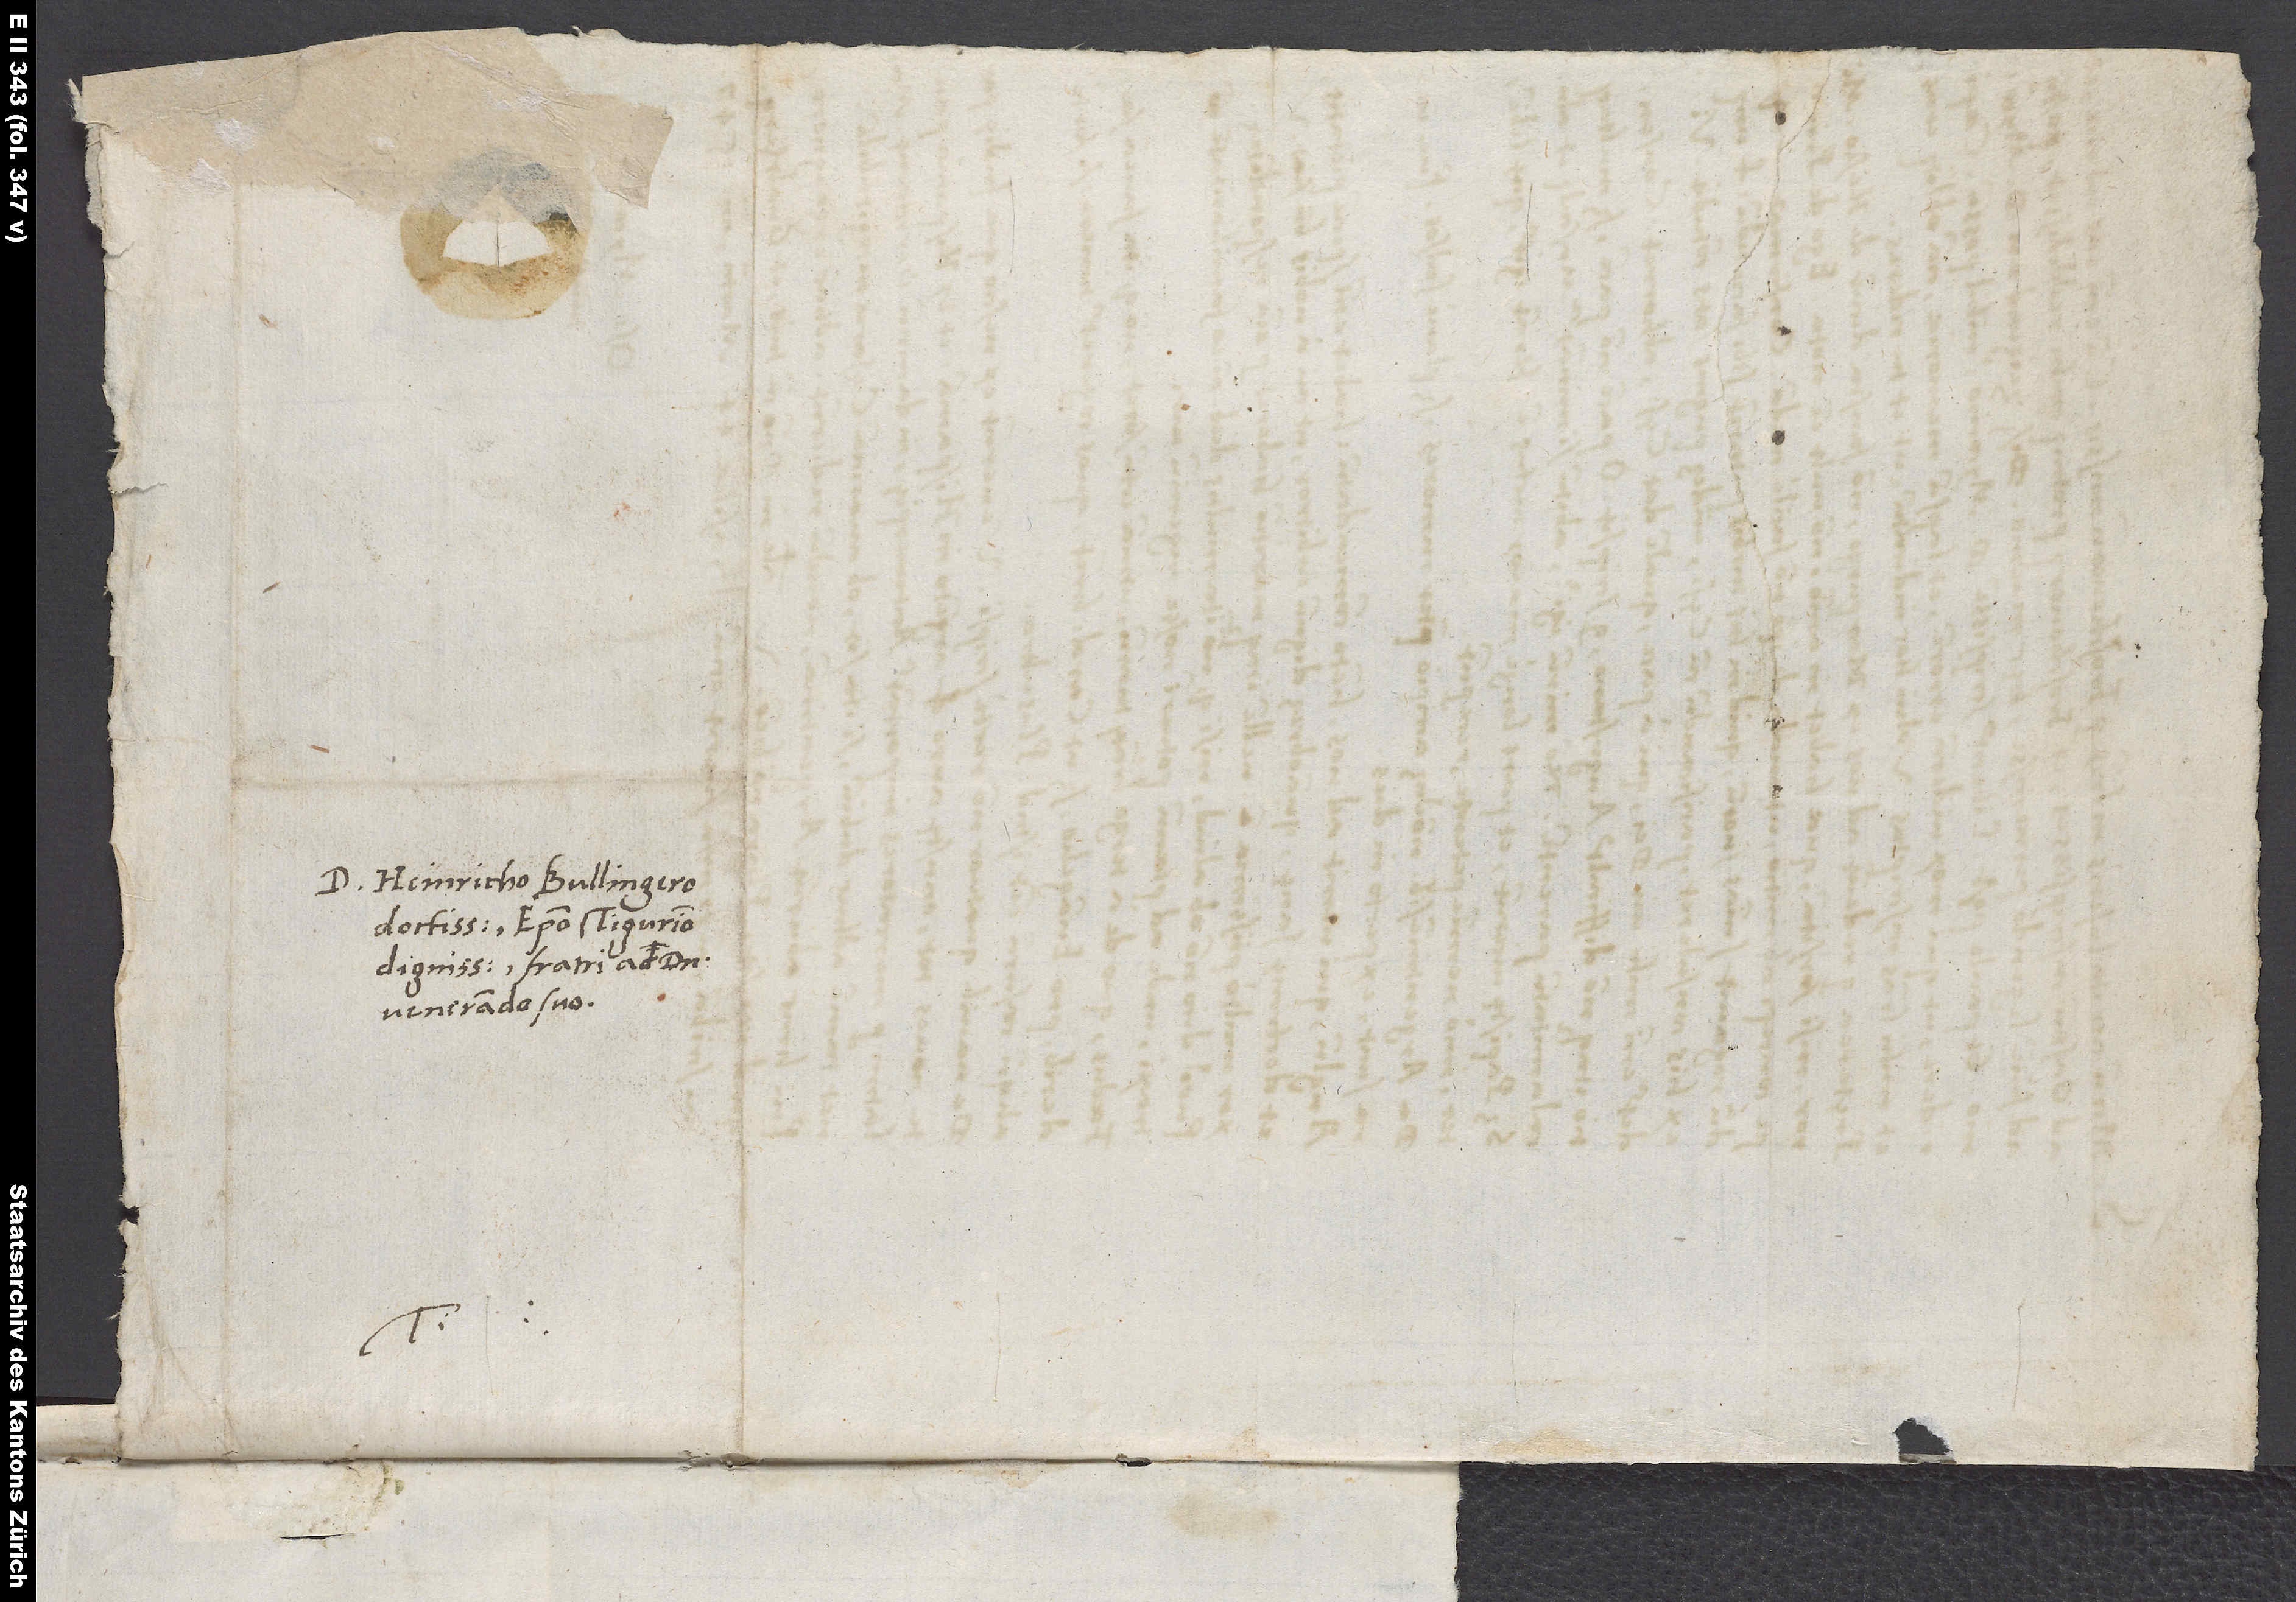
D. Heinricho Bullingero
doctissimo, episcopo Tigurino
dignissimo, fratri ac domino
venerando suo.